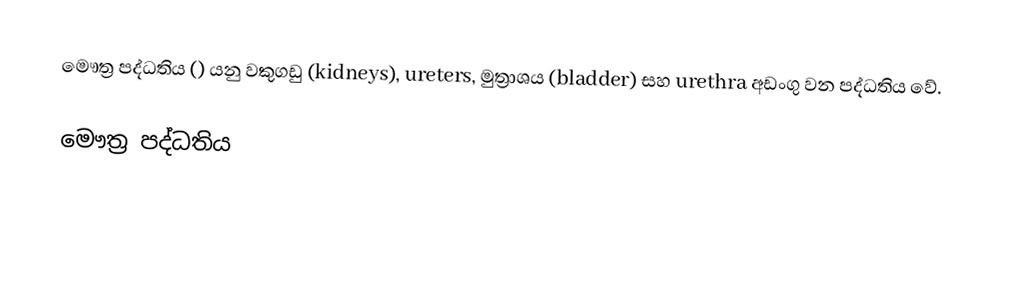
මෞත්‍ර පද්ධතිය () යනු වකුගඩු (kidneys), ureters, මුත්‍රාශය (bladder) සහ urethra අඩංගු වන පද්ධතිය වේ.

මෞත්‍ර පද්ධතිය